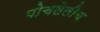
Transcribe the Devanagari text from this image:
पोचलेलीच